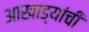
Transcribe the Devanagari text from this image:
आखाड्यांची